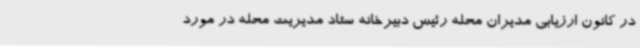
در کانون ارزیابی مدیران محله رئیس دبیرخانه ستاد مدیریت محله در مورد